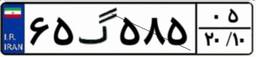
۶۵گ۵۸۵۰۵